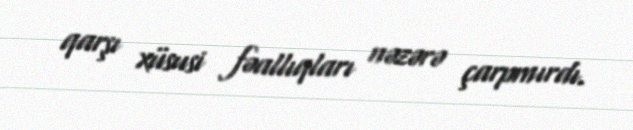
qarşı xüsusi fəallıqları nəzərə çarpmırdı.